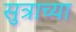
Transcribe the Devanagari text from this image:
सुत्राच्या